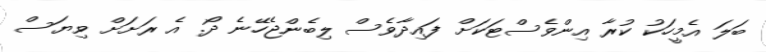
ބަލަ އެމީހަކު ކުރާ އިންވެސްޓަކަށް ފައިދާވެސް ލިބެންޖެހޭނެ ދޯ. އެ ރަށަށް ވިޔަސް